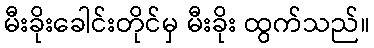
မီးခိုးခေါင်းတိုင်မှ မီးခိုး ထွက်သည်။